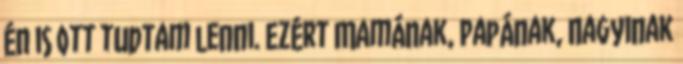
én is ott tudtam lenni. Ezért Mamának, Papának, Nagyinak